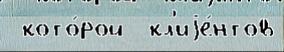
 кото́рой  кл'иjе́нтов